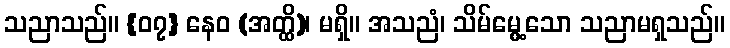
သညာသည်။ {၀၇} နေဝ (အတ္ထိ)၊ မရှိ။ အသညံ၊ သိမ်မွေ့သော သညာမရှသည်။